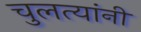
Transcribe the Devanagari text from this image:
चुलत्यांनी